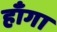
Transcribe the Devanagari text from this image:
हाँगा